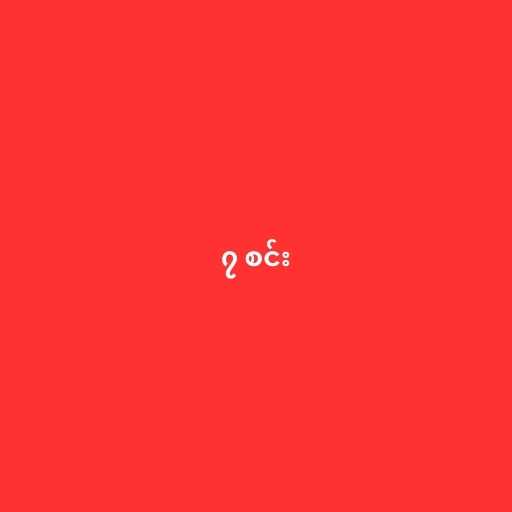
၇ စင်း